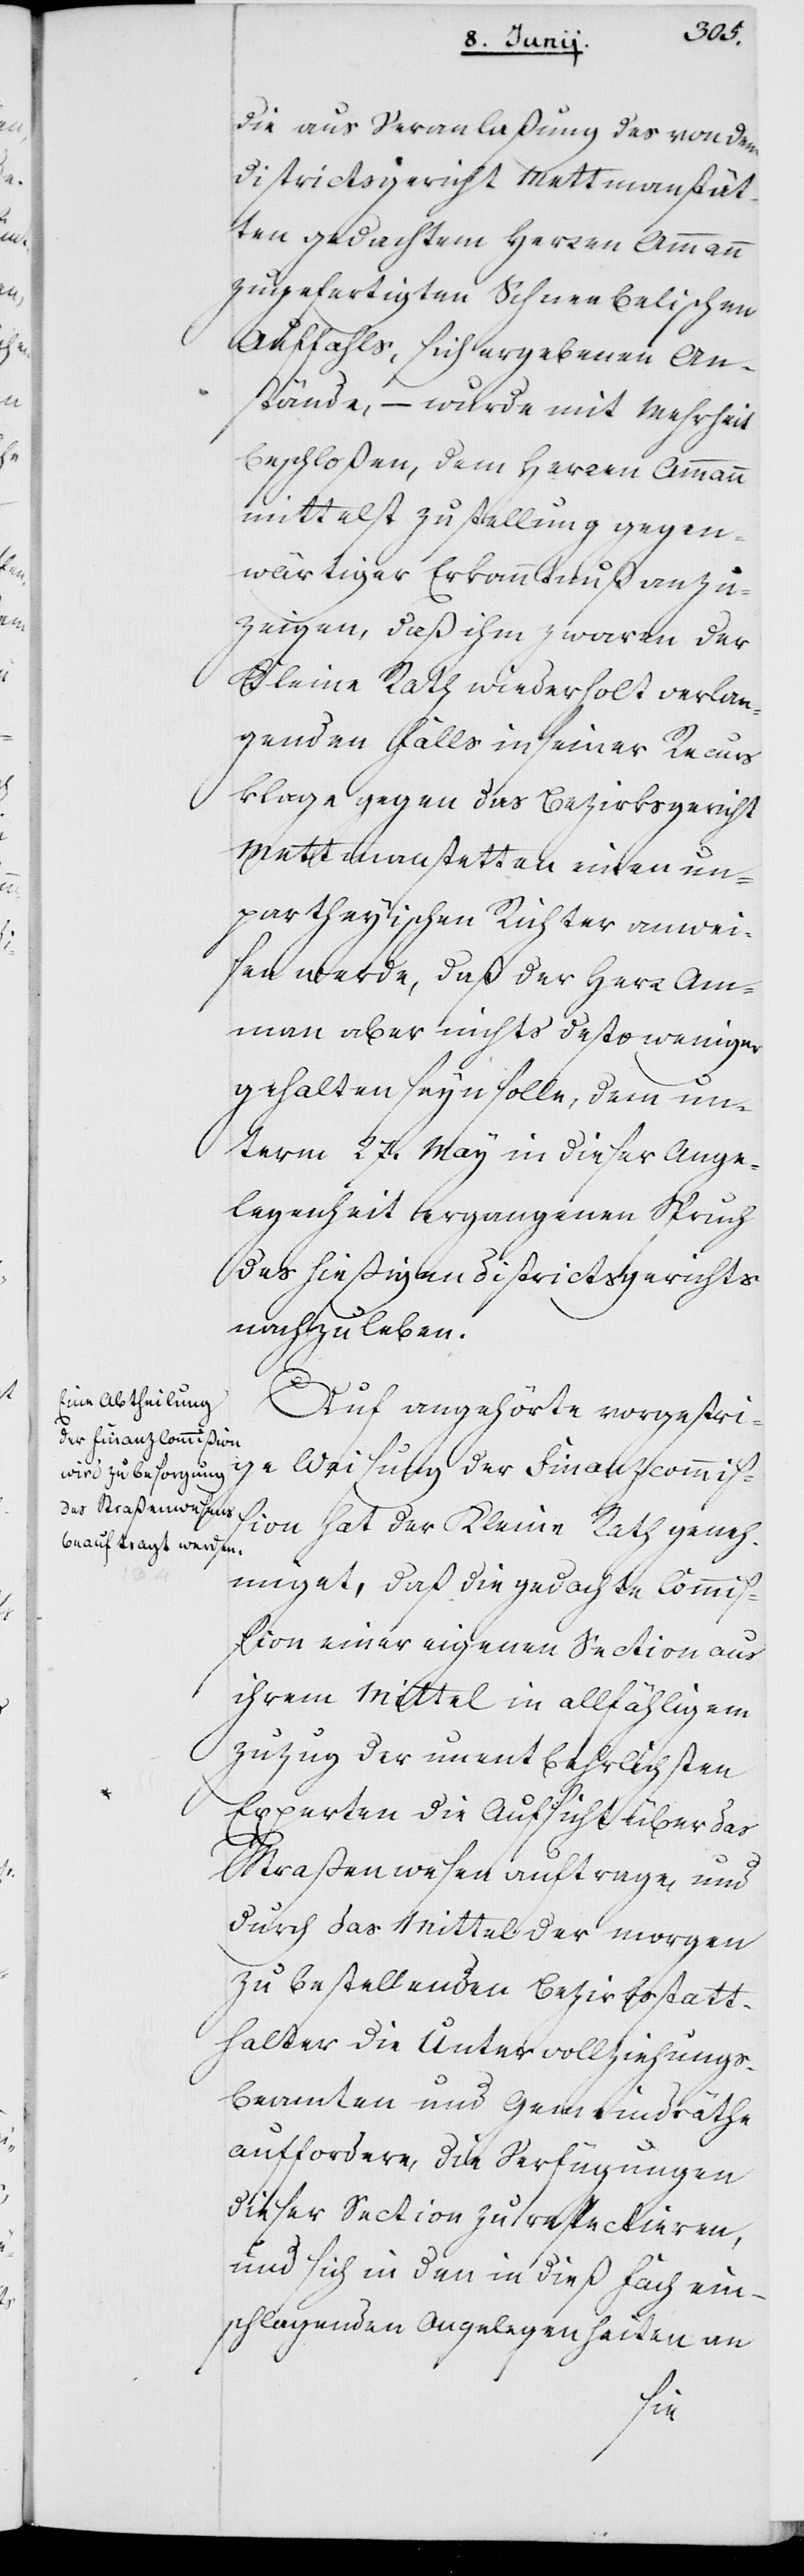
die aus Veranlaßung des von dem
Districtsgericht Mettmanstät¬
ten gedachtem Herren Ammann
zugefertigten Schneebelischen
Auffahls, sich ergebenen An¬
stände, – wurde mit Mehrheit
beschloßen, dem Herren Ammann
mittelst Zustellung gegen¬
wärtiger Erkanntnuß anzu¬
zeigen, daß ihm zwaren der
Kleine Rath wiederholt verlan¬
genden Falls in seiner Recurs¬
klage gegen das Bezirksgericht
Mettmanstetten einen un¬
partheyischen Richter anwei¬
sen werde, daß der Herr Am¬
mann aber nichts destoweniger
gehalten seyn solle, dem un¬
term 27. May in dieser Ange¬
legenheit ergangenen Spruch
des hießigen Districtsgerichts
nachzuleben.
Auf angehörte vorgestri¬
ge Weisung der Finanzcommiß¬
ion hat der Kleine Rath geneh¬
miget, daß die gedachte Commi¬
ßion einer eigenen Section aus
ihrem Mittel in allfähligem
Zuzug der unentbehrlichsten
Experten die Aufsicht über das
Straßenwesen auftrage, und
durch das Mittel der morgen
zu bestellenden Bezirksstatt¬
halter die Untervollziehungs¬
beamten und Gemeindräthe
auffordere, die Verfügungen
dieser Section zu reflectieren,
und sich in den in dieß Fach ein¬
schlagenden Angelegenheiten an